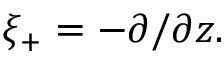
\xi _ { + } = - \partial / \partial z .